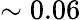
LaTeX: \sim 0.06